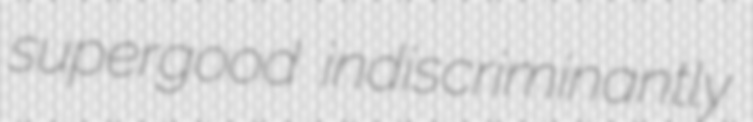
supergood indiscriminantly